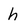
Character: h